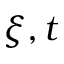
\xi , t